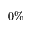
0 \%